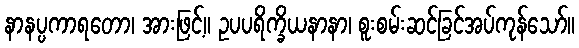
နာနပ္ပကာရတော၊ အားဖြင့်။ ဥပပရိက္ခိယနာနာ၊ စူးစမ်းဆင်ခြင်အပ်ကုန်သော်။